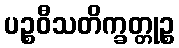
ပဉ္စဝီသတိက္ခတ္တုဉ္စ